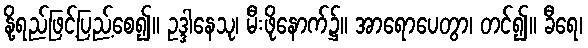
နို့ရည်ဖြင့်ပြည့်စေ၍။ ဥဒ္ဒါနေသု၊ မီးဖိုနောက်၌။ အာရောပေတွာ၊ တင်၍။ ခီရေ၊